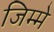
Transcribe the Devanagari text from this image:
जिम्‍मे